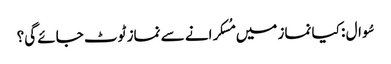
سُوال : کیا نماز میں مُسکرانے سے نماز ٹوٹ جائے گی؟